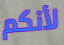
لأنكم